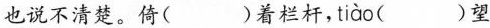
也说不清楚。倚( )着栏杆， tiào( )望